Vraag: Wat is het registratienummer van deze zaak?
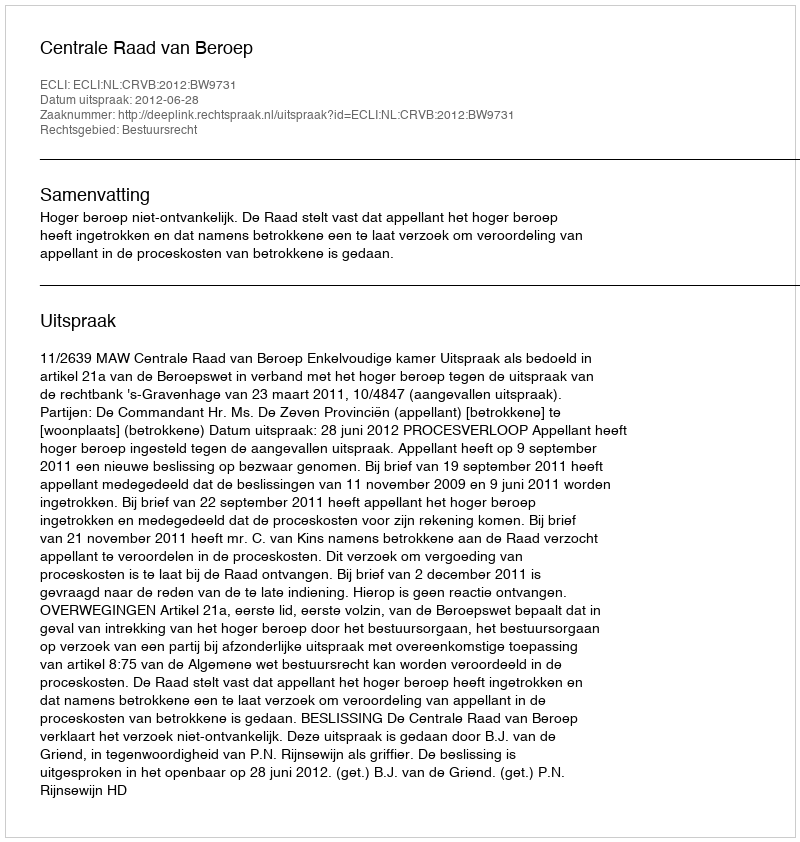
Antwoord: http://deeplink.rechtspraak.nl/uitspraak?id=ECLI:NL:CRVB:2012:BW9731